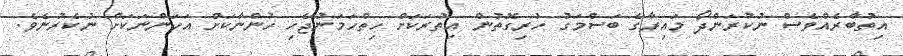
އިތުބާރެއްވެސް ނުކުރަންދޯ މައިރާގެ ބަސްމަގު ހުރިގޮތުން އިތުރަަކަށް ހިތްހަމަނުޖެހި ހުންނާކަށް އަހަންނަކަށް ނުކެރުނެވެ.